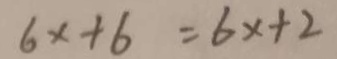
6 x + 6 = 6 x + 2